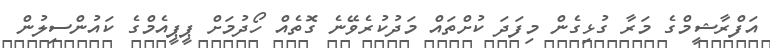
އަފްރާޝީމްގެ މަރާ ގުޅިގެން މިފަދަ ކުށްތައް މަދުކުރެވޭނެ ގޮތެއް ހޯދުމަށް ޕީޕީއެމްގެ ކައުންސިލުން